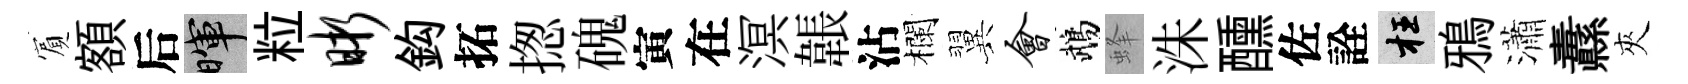
賔額后暉粒晰鈎拓揔磈寅在溟韔沾欄翼会鵡蜂洙醺佐詮枉鴉瀟纛夾